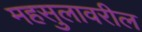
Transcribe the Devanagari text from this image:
महसुलावरील